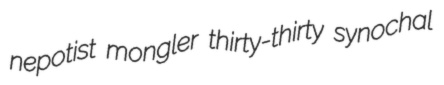
nepotist mongler thirty-thirty synochal